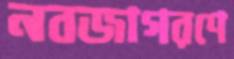
নবজাগরণে